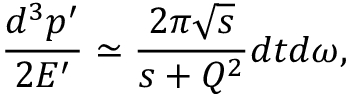
\frac { d ^ { 3 } p ^ { \prime } } { 2 E ^ { \prime } } \simeq \frac { 2 \pi \sqrt { s } } { s + Q ^ { 2 } } d t d \omega ,